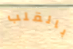
بالقلب